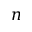
n